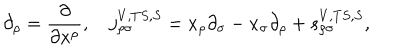
LaTeX: \partial _ { \rho } = \frac \partial { \partial x ^ { \rho } } , \quad j _ { \rho \sigma } ^ { V , T S , S } = x _ { \rho } \partial _ { \sigma } - x _ { \sigma } \partial _ { \rho } + s _ { \rho \sigma } ^ { V , T S , S } ,